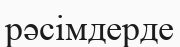
рәсімдерде